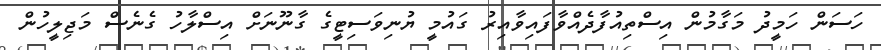
ހަސަން ހަމީދު މަގާމުން އިސްތިއުފާދެއްވާފައިވާއިރު ގައުމީ ޔުނިވަސިޓީގެ ގާނޫނަށް އިސްލާހު ގެނެސް މަޖިލީހުން